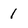
Character: 1